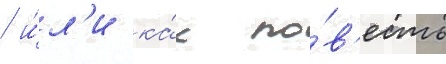
/ и́л'и ка́к по́в'есть